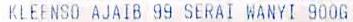
KLEENSO AJAIB 99 SERAI WANYI 900G